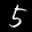
Label: 5